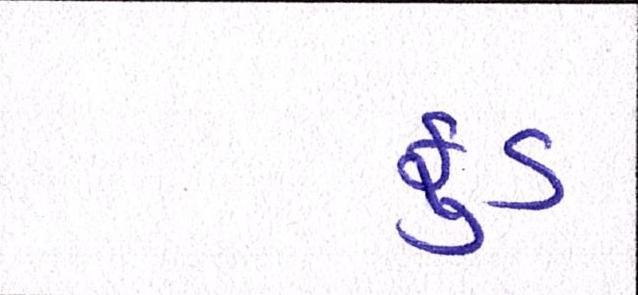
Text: ફુડ